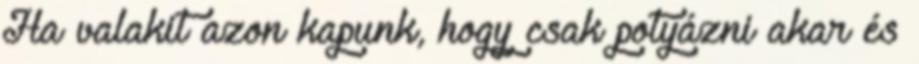
Ha valakit azon kapunk, hogy csak potyázni akar és